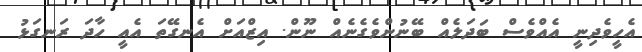
އެހީވެދިނީ އެއްވެސް ބަދަލެއް ބޭނުންވެގެނެއް ނޫން. އިޒްއަށް އެނގޭތަ އެއީ ހާދަ ރަނގަޅު